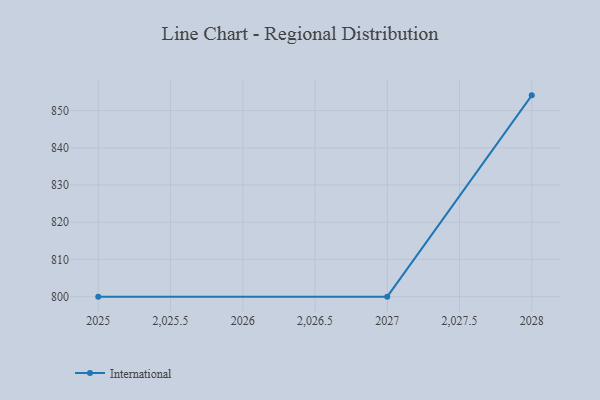
{"axis": {"x": "Year", "y": "Churn Rate (%)"}, "legend": ["International"], "data": [{"x": "2028", "y": 854.1, "type": "International"}, {"x": "2027", "y": 800, "type": "International"}, {"x": "2025", "y": 800, "type": "International"}]}